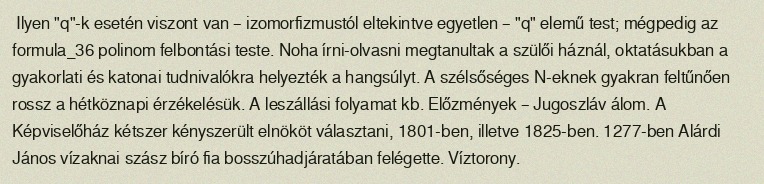
Ilyen "q"-k esetén viszont van – izomorfizmustól eltekintve egyetlen – "q" elemű test; mégpedig az formula_36 polinom felbontási teste. Noha írni-olvasni megtanultak a szülői háznál, oktatásukban a gyakorlati és katonai tudnivalókra helyezték a hangsúlyt. A szélsőséges N-eknek gyakran feltűnően rossz a hétköznapi érzékelésük. A leszállási folyamat kb. Előzmények – Jugoszláv álom. A Képviselőház kétszer kényszerült elnököt választani, 1801-ben, illetve 1825-ben. 1277-ben Alárdi János vízaknai szász bíró fia bosszúhadjáratában felégette. Víztorony.